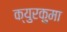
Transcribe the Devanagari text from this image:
क्युरकुमा